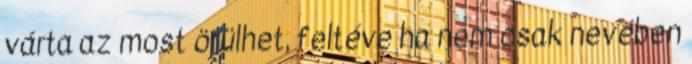
várta az most örülhet, feltéve ha nem csak nevében